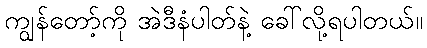
ကျွန်တော့်ကို အဲဒီနံပါတ်နဲ့ ခေါ်လို့ရပါတယ်။